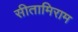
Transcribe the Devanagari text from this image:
सीतामिराम